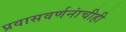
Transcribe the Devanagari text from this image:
प्रवासवर्णनांचीही